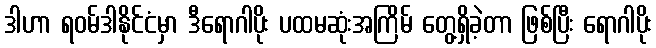
ဒါဟာ ရဝမ်ဒါနိုင်ငံမှာ ဒီရောဂါပိုး ပထမဆုံးအကြိမ် တွေ့ရှိခဲ့တာ ဖြစ်ပြီး ရောဂါပိုး